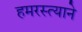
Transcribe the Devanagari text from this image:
हमरस्त्याने